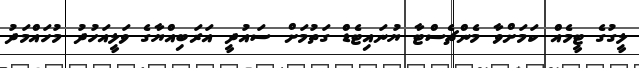
ލީގުގެ ޓީމެއް ކަމަށްވާ މެންޗެސްޓާ ޔުނައިޓެޑް ގަތުމަށް ސައުދީ އަރަބިއްޔާގެ ވަލީއަހުދު މުހައްމަދު